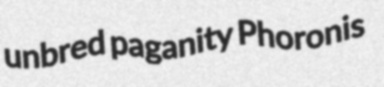
unbred paganity Phoronis